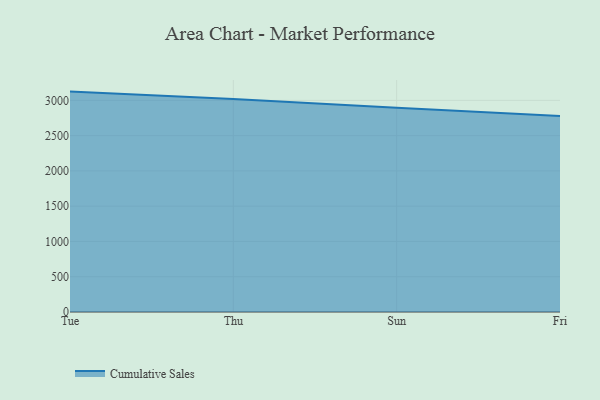
{"axis": {"x": "Day", "y": "LTV (USD)"}, "legend": ["Cumulative Sales"], "data": [{"x": "Tue", "y": 3124.2, "type": "Cumulative Sales"}, {"x": "Thu", "y": 3018.4, "type": "Cumulative Sales"}, {"x": "Sun", "y": 2896.4, "type": "Cumulative Sales"}, {"x": "Fri", "y": 2779.3, "type": "Cumulative Sales"}]}